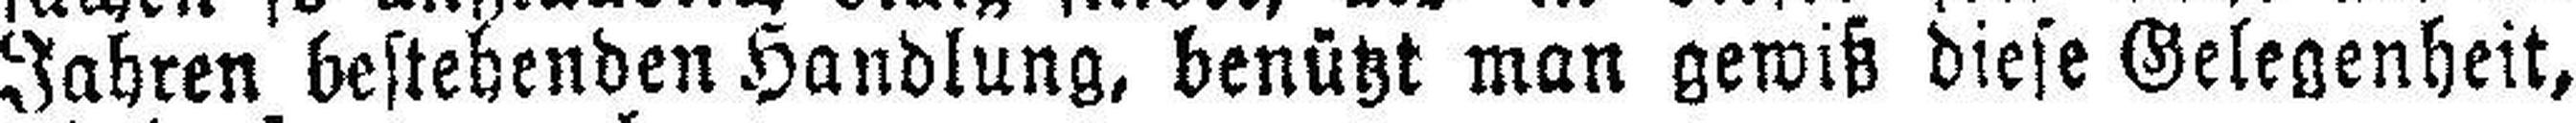
Jahren bestehenden Handlung, benützt man gewiß diese Gelegenheit,